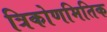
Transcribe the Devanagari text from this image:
त्रिकोणमितिक